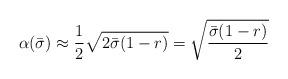
LaTeX: \begin{align*}\alpha(\bar\sigma)\approx\frac{1}{2}\sqrt{2\bar\sigma(1-r)}=\sqrt{\frac{\bar\sigma(1-r)}{2}}\end{align*}